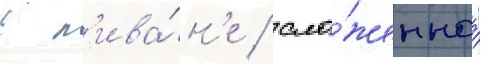
в л'ива́н'е / сло́женнаа